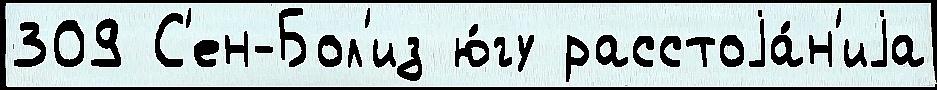
309 С'ен-Бол'из ю́гу расстоjа́н'иjа